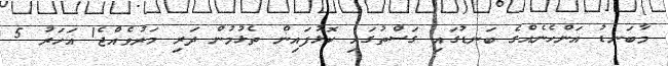
މާބަނޑު އަންހެނެއްގެ ބަނޑުގައި ގަސްތުގައި ކޮޅުފައިން ތެޅުމުން ދަރި މަރުވެއްޖެ1 އަހަރު 5